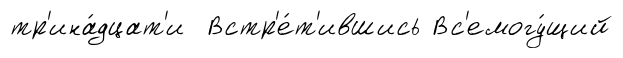
тр'ина́дцат'и Встр'е́т'ившись Вс'емогу́щий